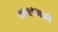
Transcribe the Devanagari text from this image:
१७५९मध्ये